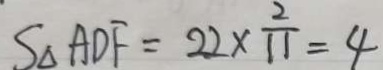
S _ { \Delta } A D F = 2 2 \times \frac { 2 } { 1 1 } = 4